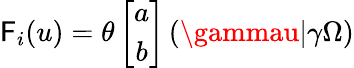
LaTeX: \mathsf{F}_{i}(u)=\theta\left[\begin{array}{c}{{a}}\\ {{b}}\end{array}\right]\left(\gammau|\gamma\Omega\right)